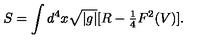
S = \int d ^ { 4 } x \sqrt { | g | } [ R - { \textstyle \frac { 1 } { 4 } } F ^ { 2 } ( V ) ] .